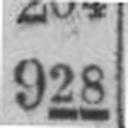
928